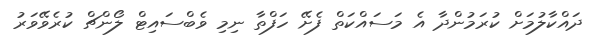
ދައްކާލުމަށް ކުރަމުންދާ އެ މަސައްކަތް ފެށޭ ހަފްތާ ނިމި ވެބްސައިޓް ލޯންޗް ކުރެވޭވަރު